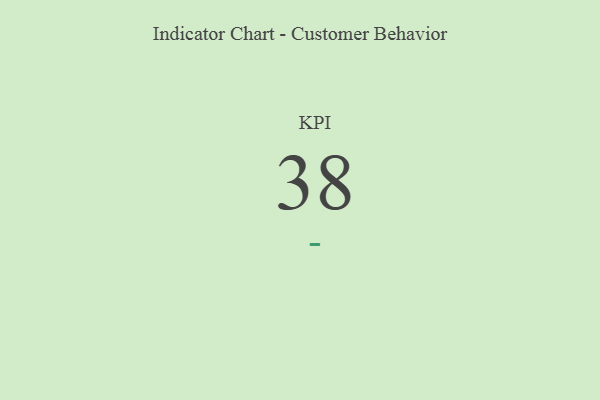
{"axis": {"x": "KPI", "y": "Value"}, "legend": [""], "data": [{"x": "KPI", "y": 38, "type": ""}]}